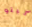
تيتو